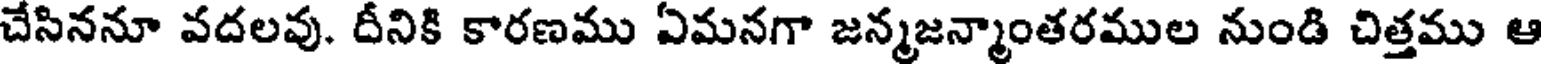
చేసిననూ వదలవు. దీనికి కారణము ఏమనగా జన్మజన్మాంతరముల నుండి చిత్తము ఆ